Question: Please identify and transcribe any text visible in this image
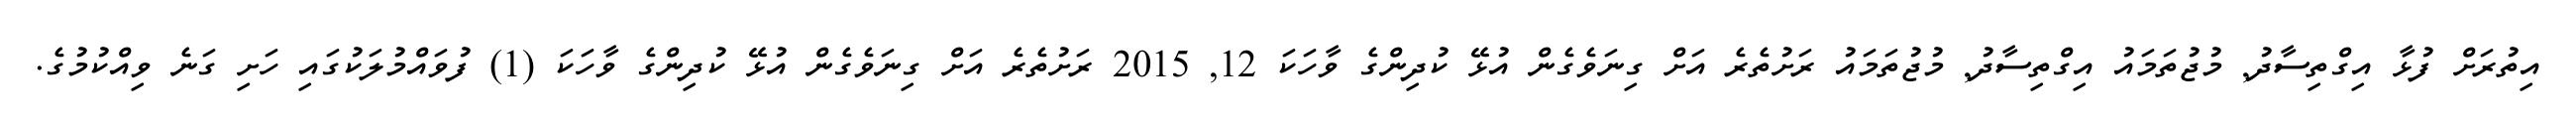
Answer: އިތުރަށް ފުޅާ އިގްތިސާދު, މުޖުތަމައު އިގްތިސާދު, މުޖުތަމައު ރަށުތެރެ އަށް ގިނަވެގެން އުޅޭ ކުދިންގެ ވާހަކަ 12, 2015 ރަށުތެރެ އަށް ގިނަވެގެން އުޅޭ ކުދިންގެ ވާހަކަ (1) ފުވައްމުލަކުގައި ހަށި ގަނެ ވިއްކުމުގެ.